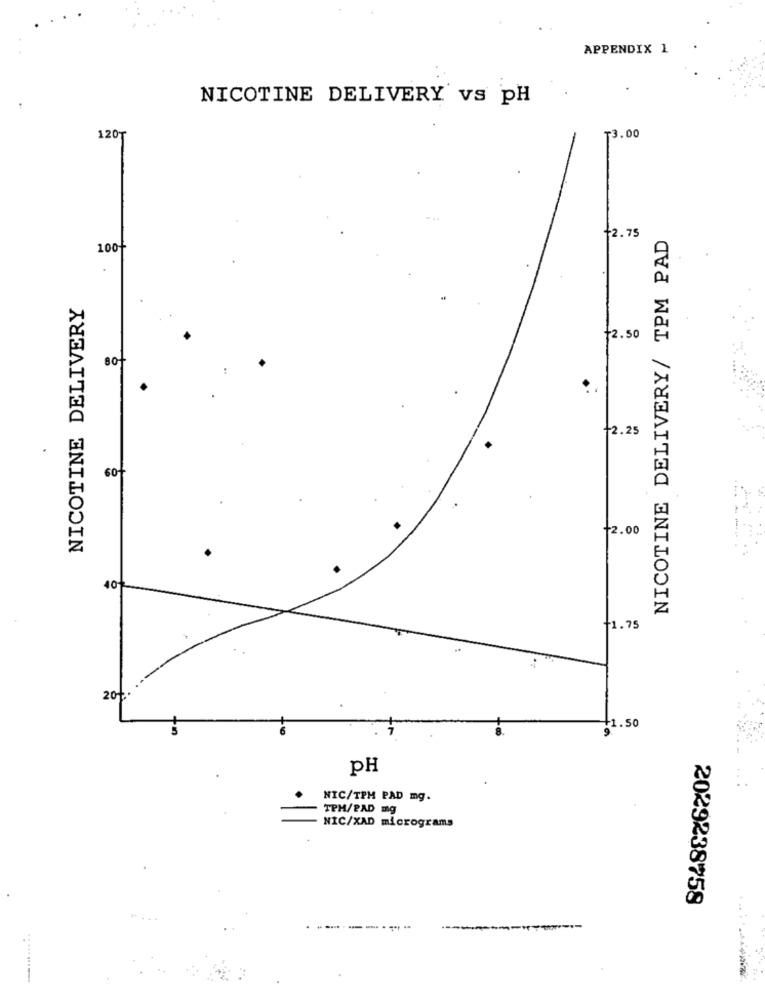
APPENDIX 1
NICOTINE DELIVERY vs pH
120
₸3.00
NICOTINE DELIVERY/ TPM PAD
2. 75
100
NICOTINE DELIVERY
12.50
-2.25
6of
12.00
40+
11.75
20+.
1.50
pH
NIC/TPH PAD mg.
TPH/PAD mg
NIC/XAD micrograms
2029238758